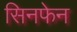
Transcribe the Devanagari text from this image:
सिनफेन